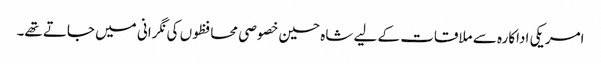
امریکی اداکارہ سے ملاقات کے لیے شاہ حسین خصوصی محافظوں کی نگرانی میں جاتے تھے۔